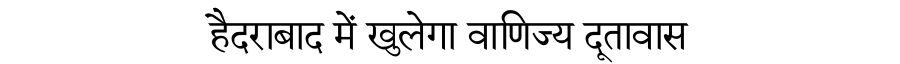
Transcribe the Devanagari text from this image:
हैदराबाद में खुलेगा वाणिज्य दूतावास